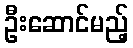
ဦးဆောင်မည့်